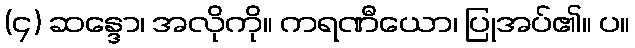
(၄) ဆန္ဒော၊ အလိုကို။ ကရဏီယော၊ ပြုအပ်၏။ ပ။